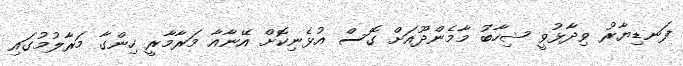
ފަނޑިޔާރު ވިދާޅުވީ ޝިހާބު މާމެންދޫއަށް ގޮސް އުޅެނިކޮށް އޭނާއާ މަރާމާރީ ހިންގާ މަރާލުމުގައި